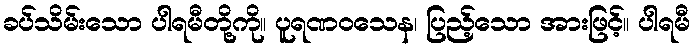
ခပ်သိမ်းသော ပါရမီတို့ကို။ ပူရဏဝသေန၊ ပြည့်သော အားဖြင့်။ ပါရမီ